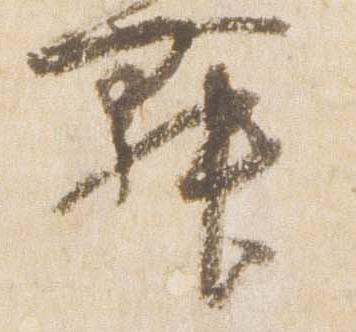
舞